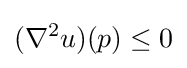
(\nabla ^{2}u)(p)\leq 0